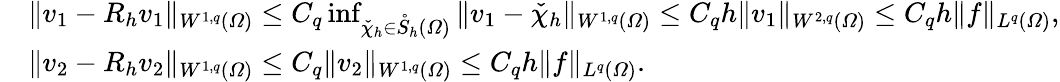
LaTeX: \begin{array}{rl}&{\| v_{1}-R_{h}v_{1}\| _{W^{1,q}(\varOmega)}\leq C_{q}\operatorname*{inf}_{\check{\chi}_{h}\in\mathring S_{h}(\varOmega)}\| v_{1}-\check{\chi}_{h}\| _{W^{1,q}(\varOmega)}\leq C_{q}h\| v_{1}\| _{W^{2,q}(\varOmega)}\leq C_{q}h\| f\| _{L^{q}(\varOmega)},}\\ &{\| v_{2}-R_{h}v_{2}\| _{W^{1,q}(\varOmega)}\leq C_{q}\| v_{2}\| _{W^{1,q}(\varOmega)}\leq C_{q}h\| f\| _{L^{q}(\varOmega)}.}\end{array}